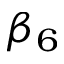
\beta _ { 6 }